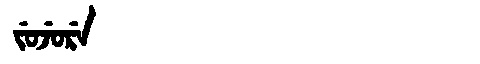
Manchu: ᠵᡠᠵᡠᡵᡝ
Romanization: JUJURE